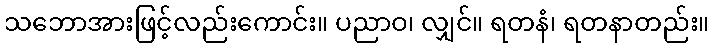
သဘောအားဖြင့်လည်းကောင်း။ ပညာဝ၊ လျှင်။ ရတနံ၊ ရတနာတည်း။